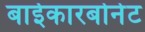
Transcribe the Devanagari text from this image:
बाईकारबोनेट